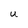
Character: U